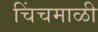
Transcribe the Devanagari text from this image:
चिंचमाळी